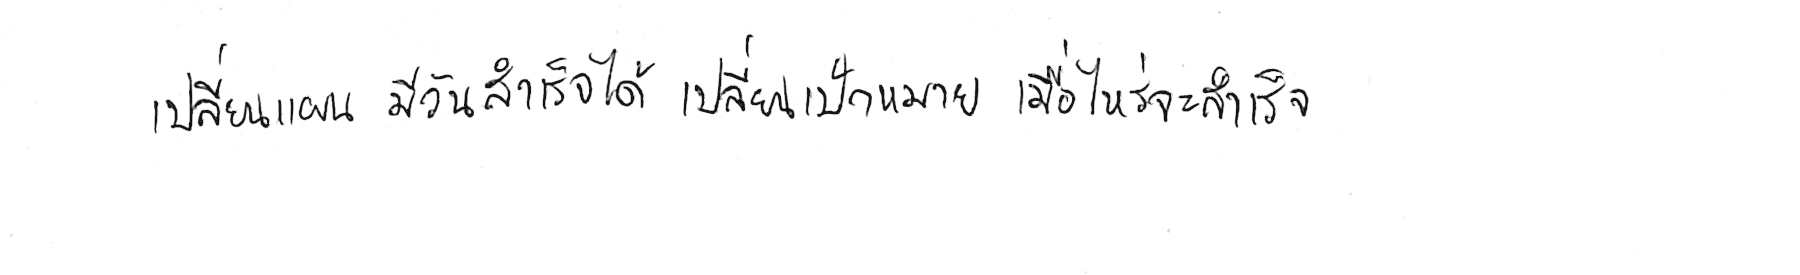
เปลี่ยนแผน มีวันสำเร็จได้ เปลี่ยนเป้าหมาย เมื่อไหร่จะสำเร็จ